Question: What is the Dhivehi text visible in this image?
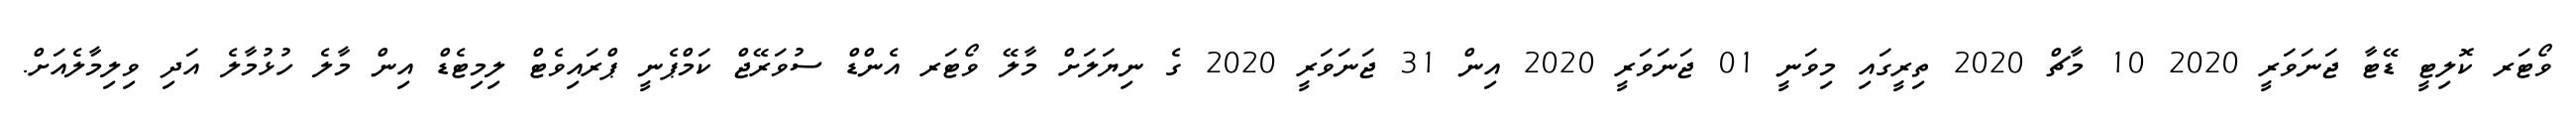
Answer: ވޯޓަރ ކޮލިޓީ ޑޭޓާ ޖަނަވަރީ 2020 10 މާޗް 2020 ތިރީގައި މިވަނީ 01 ޖަނަވަރީ 2020 އިން 31 ޖަނަވަރީ 2020 ގެ ނިޔަލަށް މާލޭ ވޯޓަރ އެންޑް ސުވަރޭޖް ކަމްޕެނީ ޕްރައިވެޓް ލިމިޓެޑް އިން މާލެ ހުޅުމާލެ އަދި ވިލިމާލެއަށް.